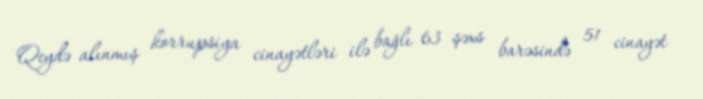
Qeydə alınmış korrupsiya cinayətləri ilə bağlı 63 şəxs barəsində 51 cinayət